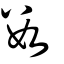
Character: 數